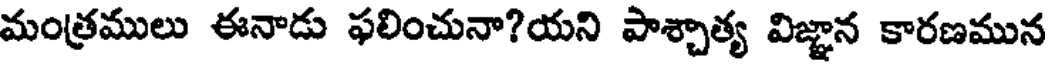
మంత్రములు ఈనాడు ఫలించునా?యని పాశ్చాత్య విజ్ఞాన కారణమున